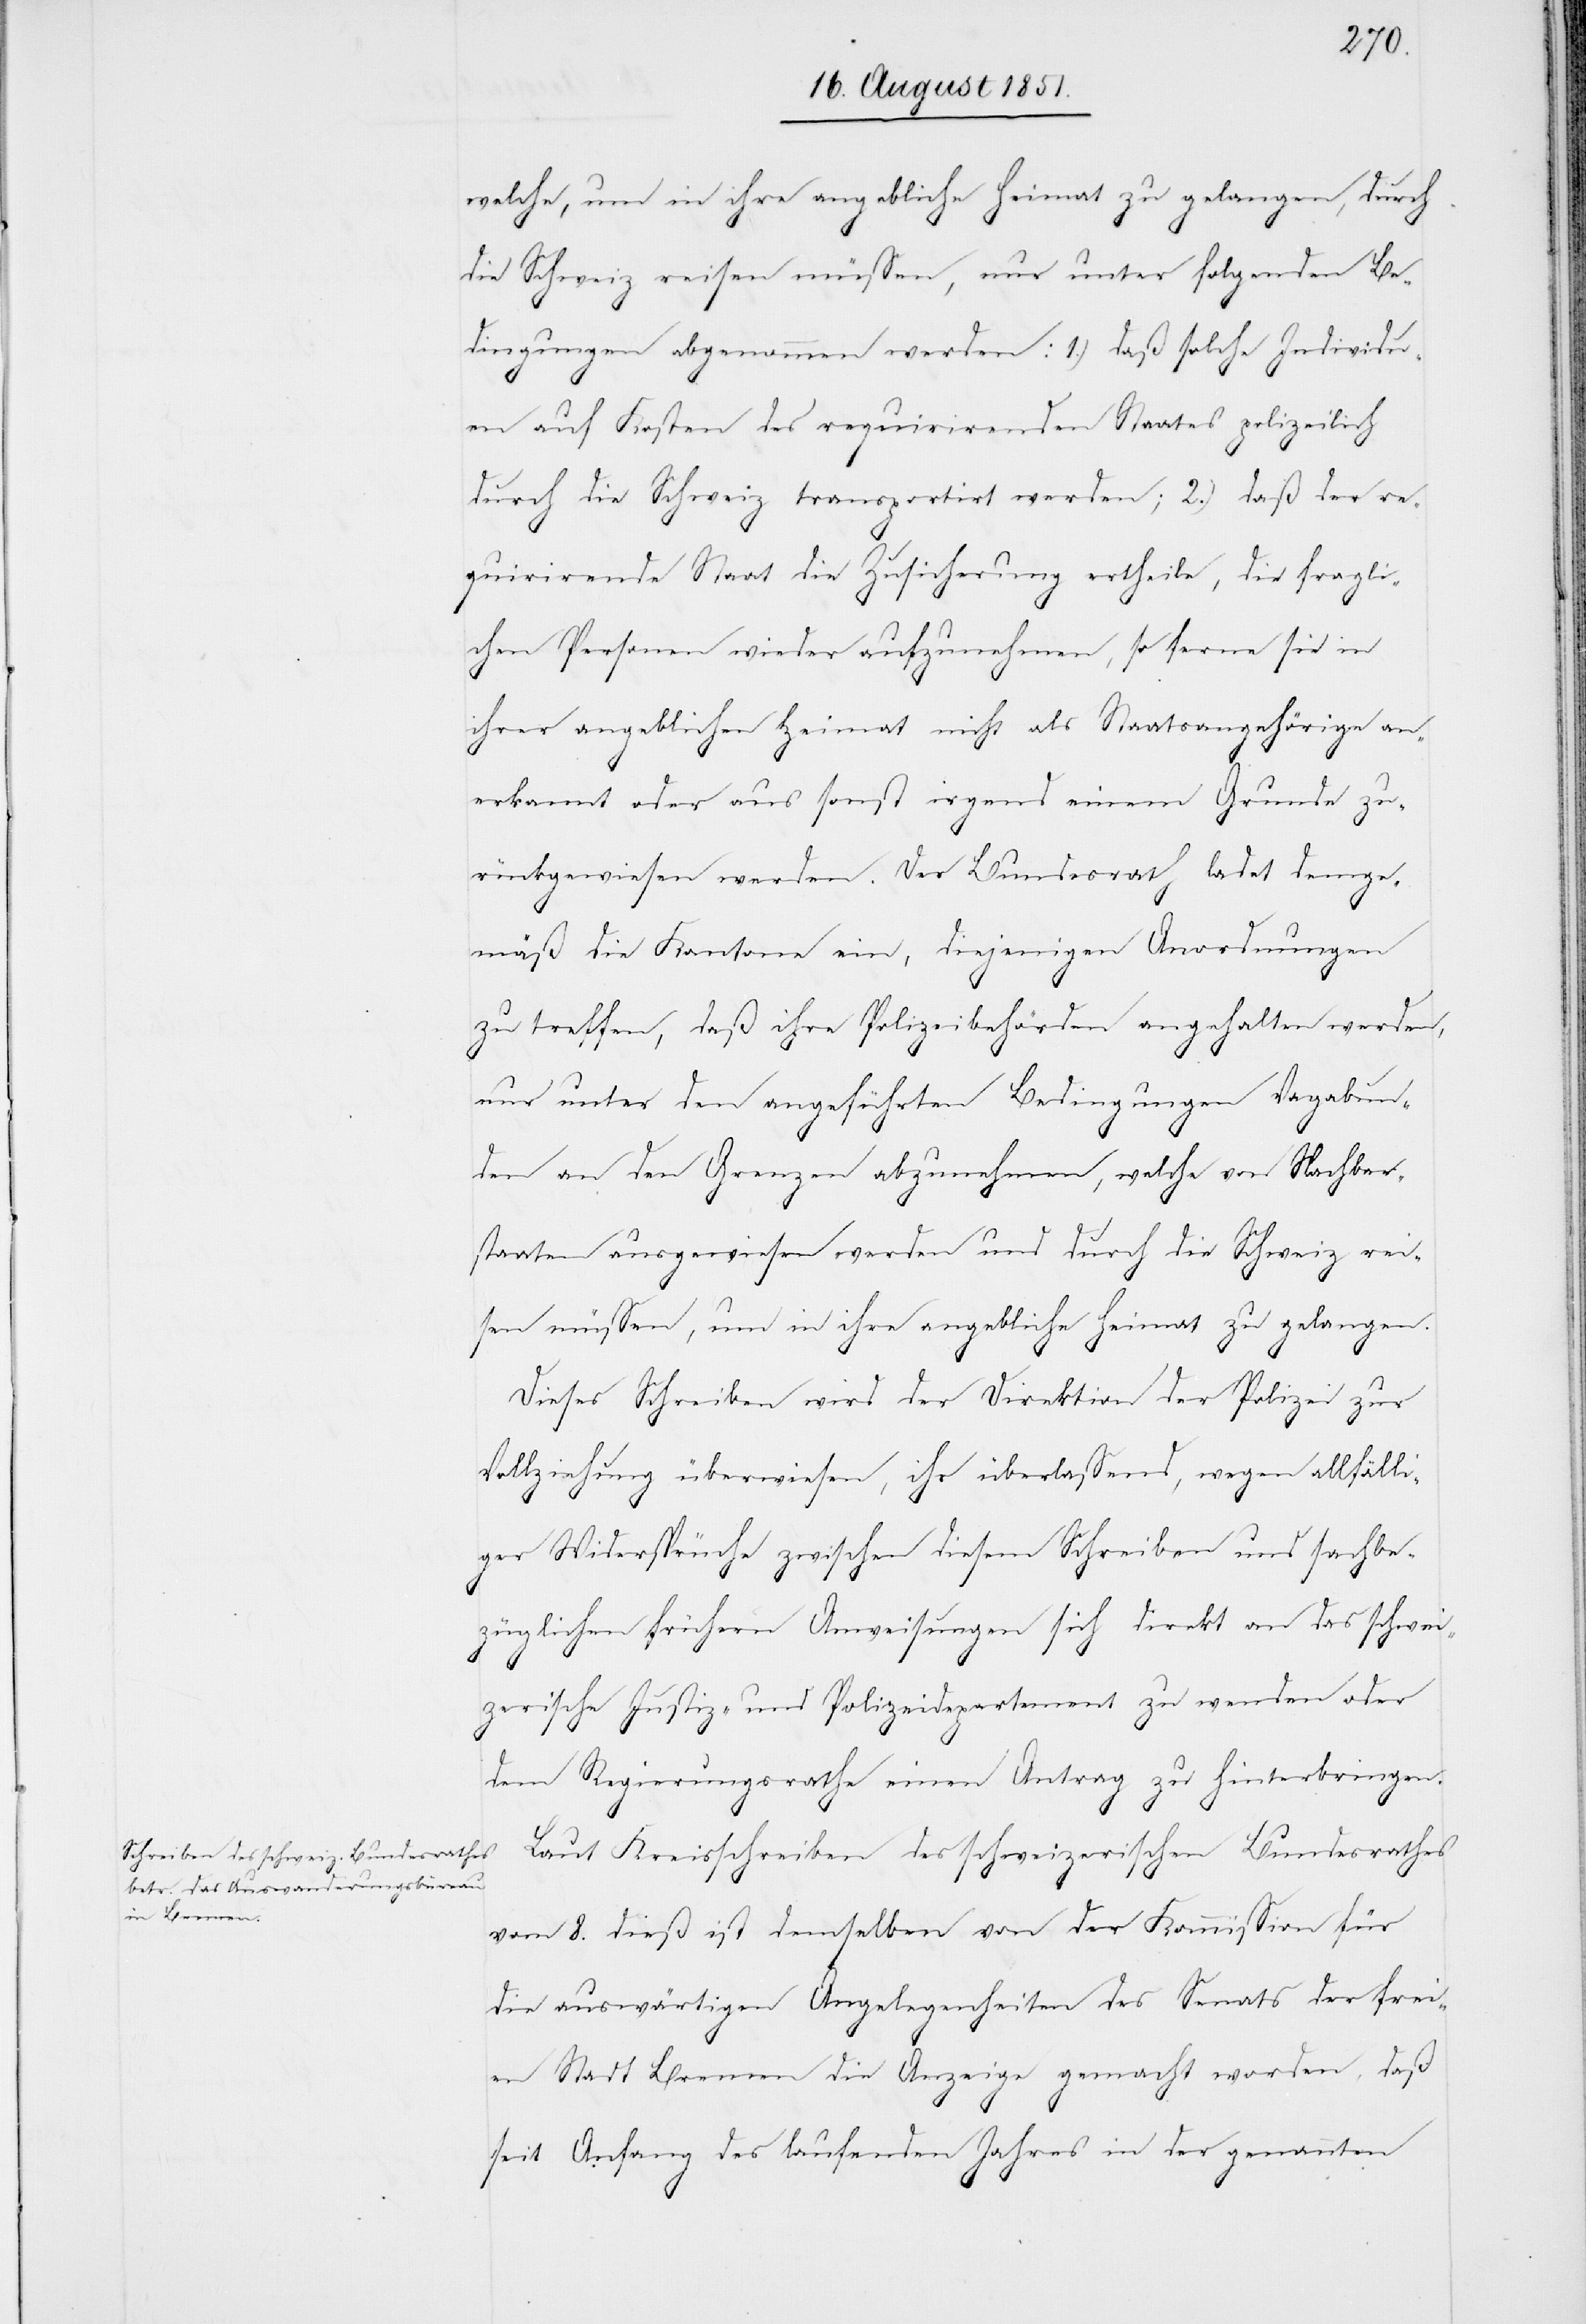
welche, um in ihre angebliche Heimat zu gelangen, durch
die Schweiz reisen müssen, nur unter folgenden Be¬
dingungen abgenommen werden: 1.) daß solche Individu¬
en auf Kosten des requirirenden Staates polizeilich
durch die Schweiz transportirt werden; 2.) daß der re¬
quirirende Staat die Zusicherung ertheilt, die fragli¬
chen Personen wieder aufzunehmen, so ferne sie in
ihrer angeblichen Heimat nicht als Staatsangehörige an¬
erkannt oder aus sonst irgend einem Grunde zu¬
rückgewiesen werden. Der Bundesrath ladet demge¬
mäß die Kantone ein, diejenigen Anordnungen
zu treffen, daß ihre Polizeibehörden angehalten werden,
nur unter den angeführten Bedingungen Vagabun¬
den an den Grenzen abzunehmen, welche von Nachbar¬
staaten ausgewiesen werden und durch die Schweiz rei¬
sen müssen, um in ihre angebliche Heimat zu gelangen.
Dieses Schreiben wird der Direktion der Polizei zur
Vollziehung überwiesen, ihr überlassend, wegen allfälli¬
ger Widersprüche zwischen diesem Schreiben und sachbe¬
züglichen frühern Anweisungen sich direkt an das schwei¬
zerische Justiz- und Polizeidepartement zu wenden oder
dem Regierungsrathe einen Antrag zu hinterbringen.
Laut Kreisschreiben des schweizerischen Bundesrathes
vom 8. dieß ist demselben von der Kommission für
die auswärtigen Angelegenheiten des Senats der frei¬
en Stadt Bremen die Anzeige gemacht worden, daß
seit Anfang des laufenden Jahres in der genannten